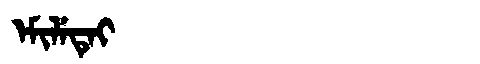
Manchu: ᡝᠮᡳᠯᡝᡨᡝᡳ
Romanization: EMILETEI